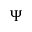
{ \boldsymbol \Psi }